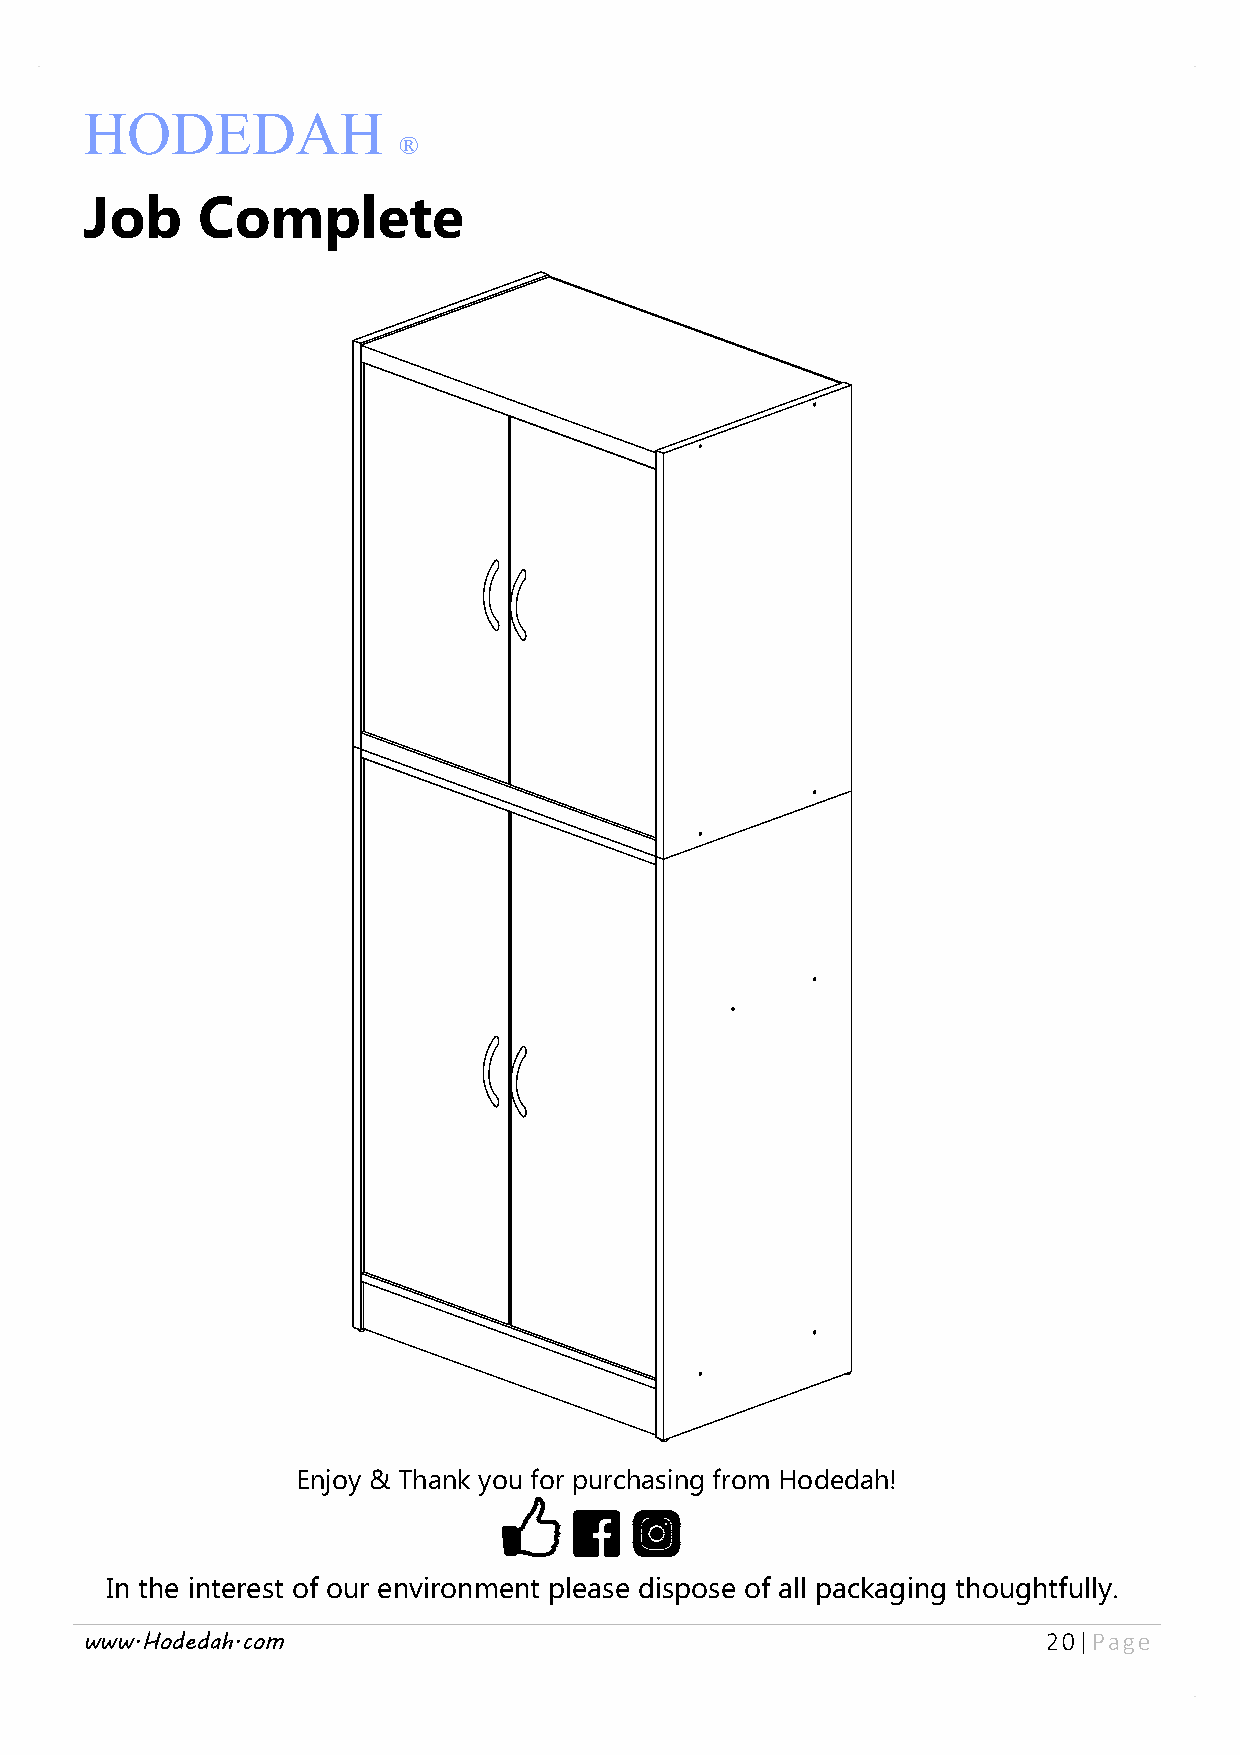
HODEDAH
 ®
 Job    Complete
 Enjoy & Thank you for purchasing from Hodedah!
 In the interest of our environment please dispose of all packaging thoughtfully.
 www.Hodedah.com                                                 20| Page